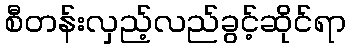
စီတန်းလှည့်လည်ခွင့်ဆိုင်ရာ